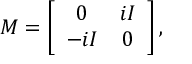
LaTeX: M = \left[ \begin{array} { c c } { { 0 } } & { { i I } } \\ { { - i I } } & { { 0 } } \end{array} \right] ,